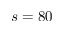
s = 8 0